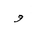
Letter: _waw